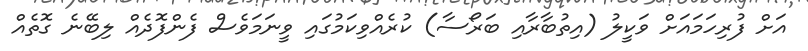
އަށް ފުރިހަމައަށް ވަކީލު (އިތުބާރާއި ބަރޯސާ) ކުރެއްވިކަމުގައި ވީނަމަވެސް ފެންފޮދެއް ލިބޭނެ ގޮތެއް